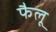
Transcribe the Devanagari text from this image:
फैलू